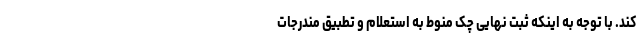
کند. با توجه به اینکه ثبت نهایی چک منوط به استعلام و تطبیق مندرجات